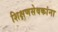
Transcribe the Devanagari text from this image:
शिक्षणसेवकांना